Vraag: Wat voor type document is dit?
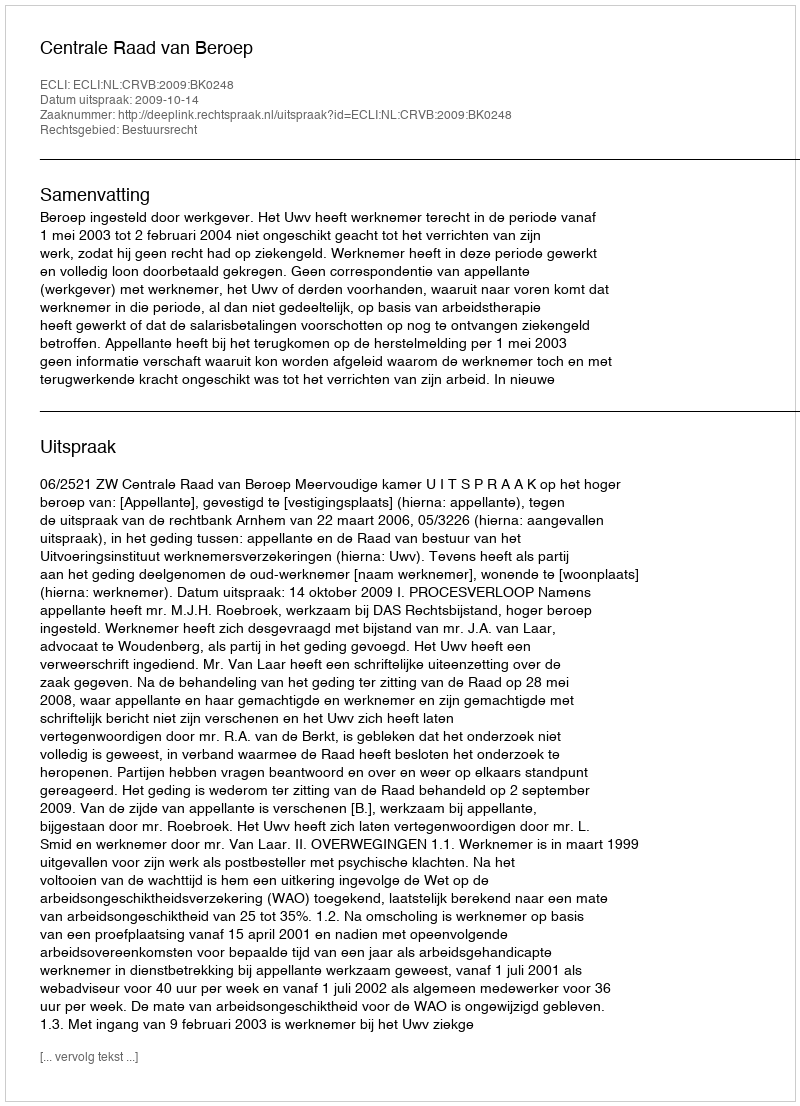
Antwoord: Uitspraak